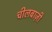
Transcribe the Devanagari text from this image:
चीलबाज़ी